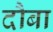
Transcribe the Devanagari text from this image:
दौबा